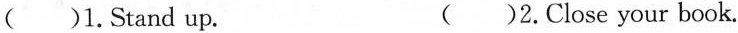
( )1. Stand up. ( )2. Close your book.